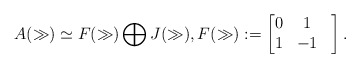
\begin{align*}A(\gg)\simeq F(\gg)\bigoplus J(\gg),F(\gg):=\begin{bmatrix}0 & 1 \\1 & -1 &\end{bmatrix}.\end{align*}